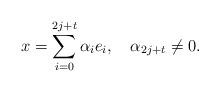
LaTeX: \begin{align*} x= \sum_{i=0}^{2j+t}\alpha_{i}e_{i},\quad\alpha_{2j+t}\neq 0. \end{align*}